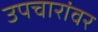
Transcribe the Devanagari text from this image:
उपचारांवर